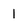
Character: 1